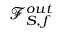
\mathcal { F } _ { S , f } ^ { o u t }